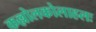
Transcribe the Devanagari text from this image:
कल्लोलकोलाहलः